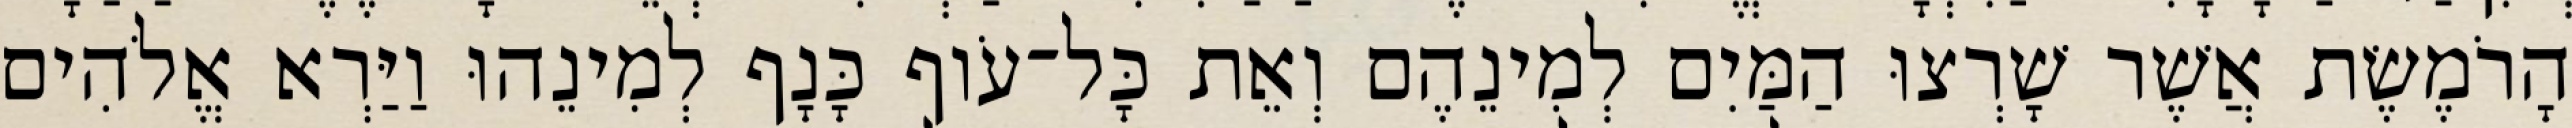
הָרֹמֶשֶׂת אֲשֶׁר שָׁרְצוּ הַמַּיִם לְמִינֵהֶם וְאֵת כָּל־עֹוף כָּנָף לְמִינֵהוּ וַיַּרְא אֱלֹהִים